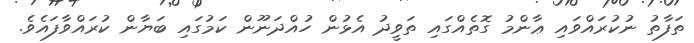
ތަފާތު ނުކުރައްވައި ޢާންމު ގޮތެއްގައި ތަވީދު އެޅުން ހުއްދަނޫން ކަމުގައި ބަޔާން ކުރައްވާފައެވެ.